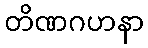
တိဏဂဟနာ